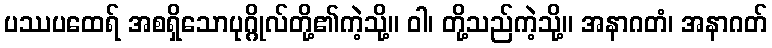
ပဿပထေရ် အစရှိသောပုဂ္ဂိုလ်တို့၏ကဲ့သို့။ ဝါ၊ တို့သည်ကဲ့သို့။ အနာဂတံ၊ အနာဂတ်